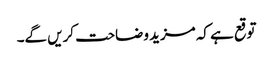
توقع ہے کہ مزید وضاحت کریں گے۔